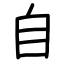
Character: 自